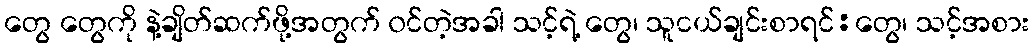
တွေ တွေကို နဲ့ချိတ်ဆက်ဖို့အတွက် ၀င်တဲ့အခါ သင့်ရဲ့ တွေ၊ သူငယ်ချင်းစာရင်:တွေ၊ သင့်အစား